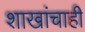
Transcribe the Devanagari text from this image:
शाखांचाही